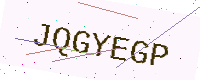
Text: JQGYEGP